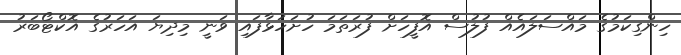
ހިންގިކަމުގެ މައްސަލައެއް ފުލުސް އޮފީހަށް ފުރަތަމަ ހުށަހަޅާފައި ވަނީ މިދިޔަ އަހަރުގެ އޮކްޓޯބަރު